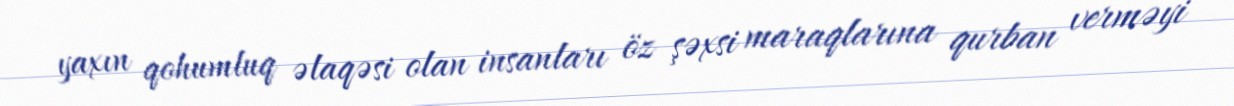
yaxın qohumluq əlaqəsi olan insanları öz şəxsi maraqlarına qurban verməyi